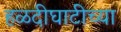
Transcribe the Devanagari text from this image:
हळदीघाटीच्या